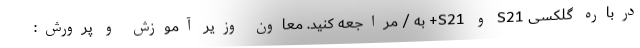
درباره گلکسی S21 و S21+ به / مراجعه کنید. معاون وزیر آموزش و پرورش: